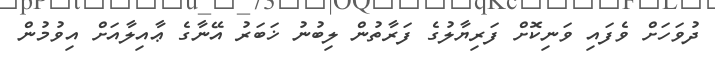
ދުވަހަށް ވެފައި ވަނިކޮށް ފަރިޔާލުގެ ފަރާތުން ލިބުނު ޚަބަރު އޭނާގެ ޢާއިލާއަށް އިވުމުން